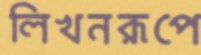
লিখনরূপে